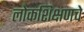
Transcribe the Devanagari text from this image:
लोकशिक्षणचे